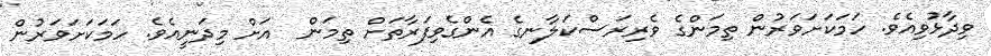
ވިދާޅުވިއެވެ. ހަމަކަށަވަރުން ތިމަންގެ ވެރިރަސްކަލާނގެ އެންގެވިފަރާތަށް ތިމަން  އަށް މިދަނީއެވެ. ހަމަކަށަވަރުން